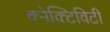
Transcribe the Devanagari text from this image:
क्नेक्टिविटी